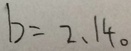
b = 2 、 1 4 。